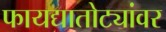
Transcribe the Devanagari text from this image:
फायद्यातोट्यांवर